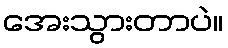
အေးသွားတာပဲ။